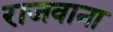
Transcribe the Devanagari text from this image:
राजवाना